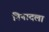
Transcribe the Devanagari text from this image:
निनादला